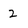
Character: 2